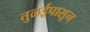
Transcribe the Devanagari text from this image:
तुळईपासून